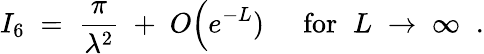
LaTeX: I_{6}\; =\; \frac{\pi}{\lambda^{2}}\; +\; O\Big(e^{-L})\; \; \; \; \; \mathrm{for}\; \; L\; \rightarrow\; \infty\; \; .